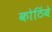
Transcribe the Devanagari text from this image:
कोठिंबे